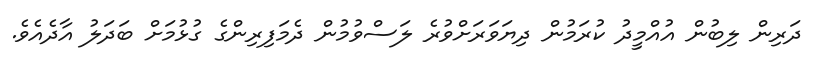
ދަރިން ލިބުން އުއްމީދު ކުރަމުން ދިޔަވަރަށްވުރެ ލަސްވުމުން ދެމަފިރިންގެ ގުޅުމަށް ބަދަލު އާދެއެވެ.